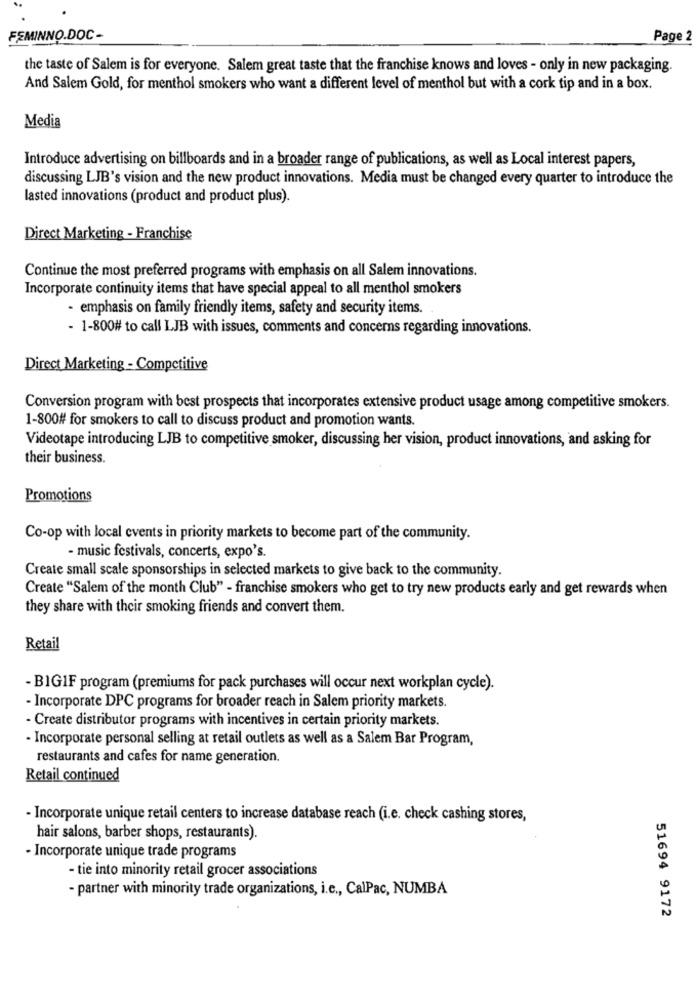
FEMINNO.DOC-
Page 2
the taste of Salem is for everyone. Salem great taste that the franchise knows and loves - only in new packaging.
And Salem Gold, for menthol smokers who want a different level of menthol but with a cork tip and in a box.
Media
Introduce advertising on billboards and in a broader range of publications, as well as Local interest papers,
discussing LJB's vision and the new product innovations. Media must be changed every quarter to introduce the
lasted innovations (product and product plus).
Direct Marketing - Franchise
Continue the most preferred programs with emphasis on all Salem innovations.
Incorporate continuity items that have special appeal to all menthol smokers
- emphasis on family friendly items, safety and security items.
- 1-800# to call LJB with issues, comments and concerns regarding innovations.
Direct Marketing - Competitive
Conversion program with best prospects that incorporates extensive product usage among competitive smokers.
1-800# for smokers to call to discuss product and promotion wants.
Videotape introducing LJB to competitive smoker, discussing her vision, product innovations, and asking for
their business.
Promotions
Co-op with local events in priority markets to become part of the community.
- music festivals, concerts, expo's.
Create small scale sponsorships in selected markets to give back to the community.
Create "Salem of the month Club" - franchise smokers who get to try new products early and get rewards when
they share with their smoking friends and convert them.
Retail
- BIGIF program (premiums for pack purchases will occur next workplan cycle).
- Incorporate DPC programs for broader reach in Salem priority markets.
- Create distributor programs with incentives in certain priority markets.
- Incorporate personal selling at retail outlets as well as a Salem Bar Program,
restaurants and cafes for name generation.
Retail continued
- Incorporate unique retail centers to increase database reach (i.e. check cashing stores,
hair salons, barber shops, restaurants).
- Incorporate unique trade programs
- tie into minority retail grocer associations
- partner with minority trade organizations, i.c ., CalPac, NUMBA
51694 9172